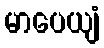
မာပေယျံ